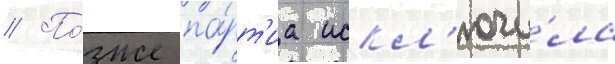
// По́зже па́рт'иа искл'ючи́ла